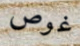
غوص